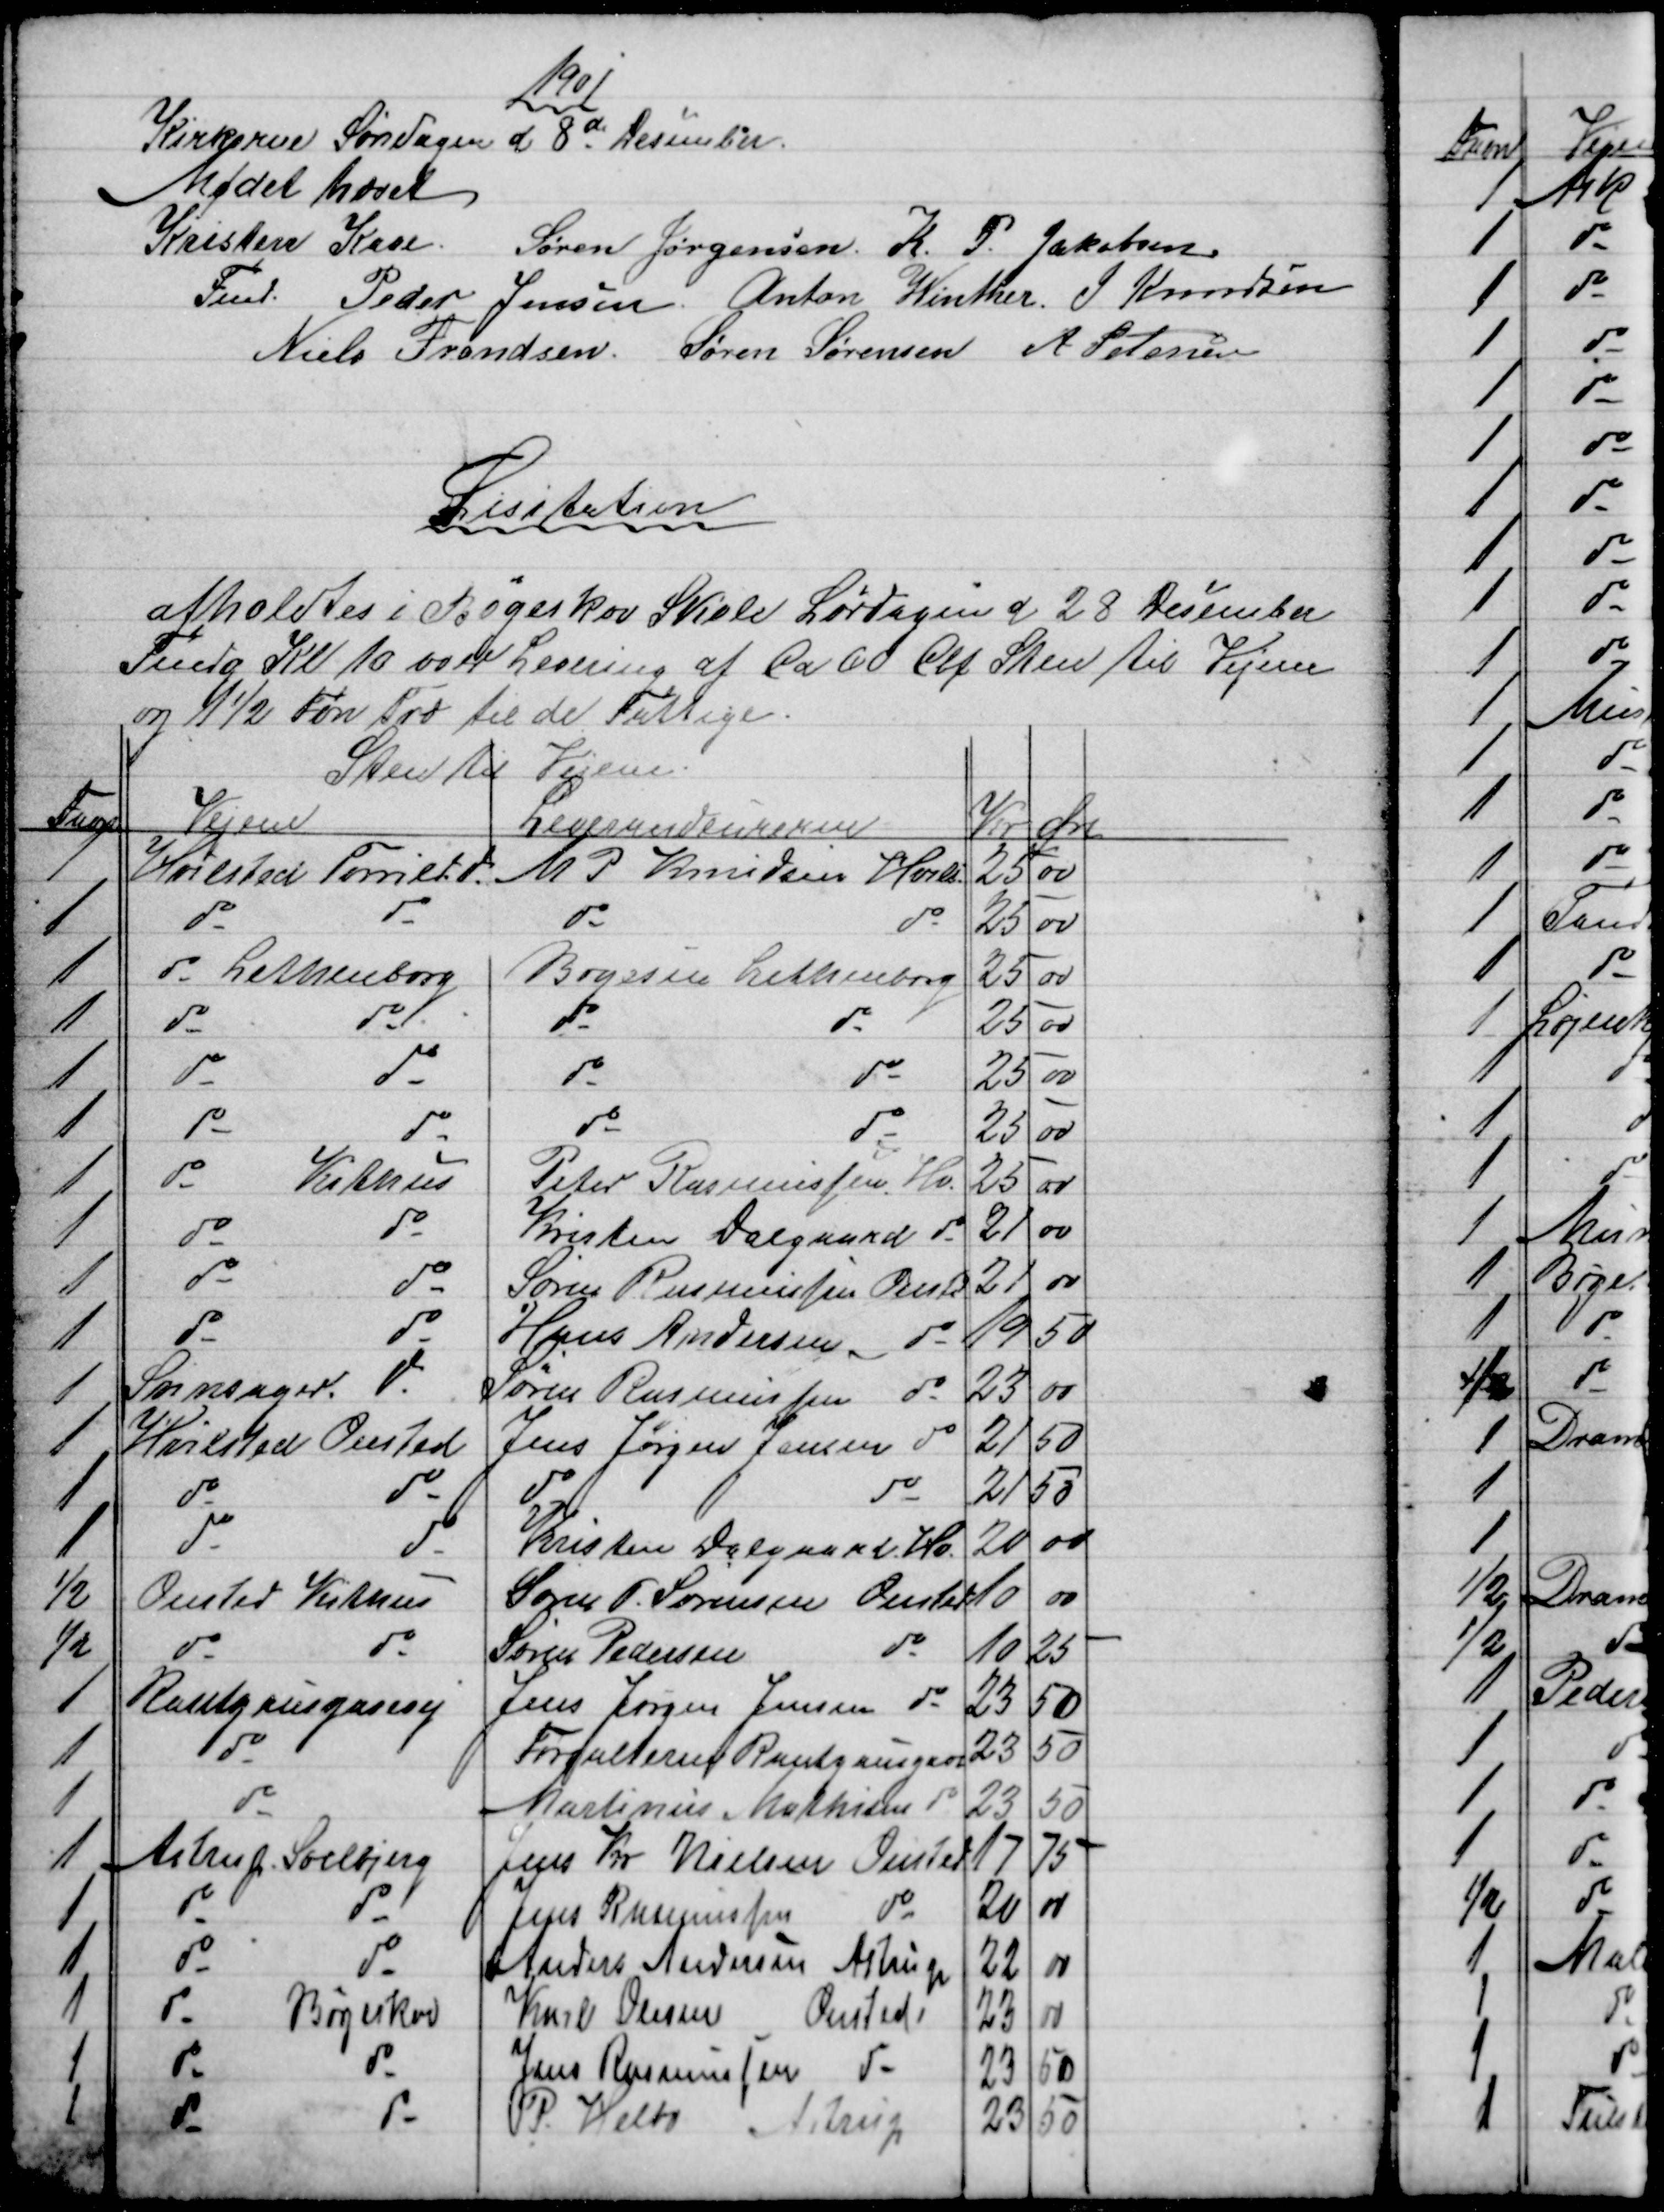
Transskription:
1901
Kirkerne Søndagen d 8de Desember.
Mødet hævet       
Kristen Kaae.
Fmd. 
Søren Jørgensen. K. P. Jakobsen.
Peder Jensen. Anton Winther J. Knudsen
Niels Frandsen. Søren Sørensen A Petersen
Lisitation
afholdtes i Bøgeskov Skole Lørdagen d 28 Desember
Fmdg Kl 10 over Levering af Ca 60 Cbf Sten til Vejene
og 1½ Fvn Træ til de Fattige
Sten til Vejene
Favn
Vejene
Leverandeurerne
Kr
Øre
1
Hvilsted Torrild
M P. Knudsen Hvils.
25
00
1
do
do
do
do
25
00
1
do Lethenborg
Boyesen Lethenborg
25
00
1
do
do
do
do
25
00
1
do
do
do
do
25
00
1
do
do
do
do
25
00
1
do
Kithus
Peter Rasmussen. Hv.
25
00
1
do
do
Kristen Dalgaard do
21
00
1
do
do
Søren Rasmussen Onstd
21
00
1
do
do
Hans Andersen do
19
50
1
Svinsager. do
Søren Rasmussen
do
23
00
1
Hvilsted Onsted
Jens Jørgen Jensen do
21
50
1
do
do
do
do
21
50
1
do
do
Kristen Dalgaard Hv.
20
00
½
Onsted Kithus
Søren P. Sørensen Onsted 
10
00
½
do
do
Søren Pedersen
do
10
25
1
Rantzausgavevej
Jens Jørgen Jensen do
23
50
1
do
Forvalteren Rantzausgave
23
50
1
do
Martinus Mathisen do
23
50
1
Astrup. Solbjerg
Jens Kr. Nielsen Onsted
17
75
1
do
do
Jens Rasmussen
do
20
00
1
do
do
Anders Andersen Astrup
22
00
1
do
Bøgeskov
Karl Olesen
Onsted
23
00
1
do
do
Jens Rasmussen 
do
23
50
1
do
do
P. Helbo
Astrup
23
50